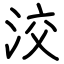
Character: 洨